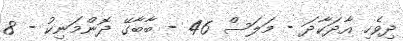
ދިވެހި އާދަކާދަ - މަލަސް 46 - ބާބާގޭ ދޮންމަނިކު - 8